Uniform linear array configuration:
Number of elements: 16
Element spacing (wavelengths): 0.5
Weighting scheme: cosine
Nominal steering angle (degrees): -60
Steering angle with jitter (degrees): -58.233
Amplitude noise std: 0.05
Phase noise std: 0.05

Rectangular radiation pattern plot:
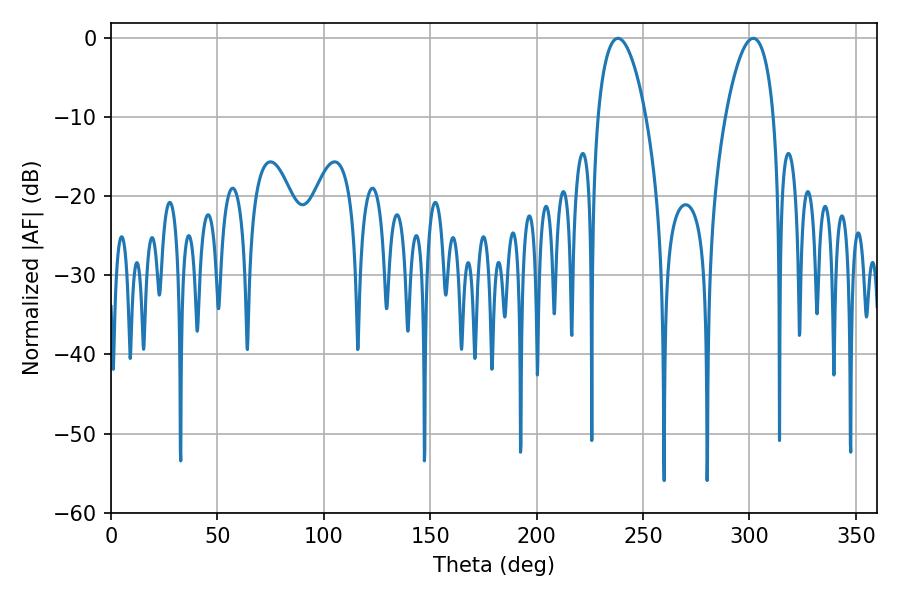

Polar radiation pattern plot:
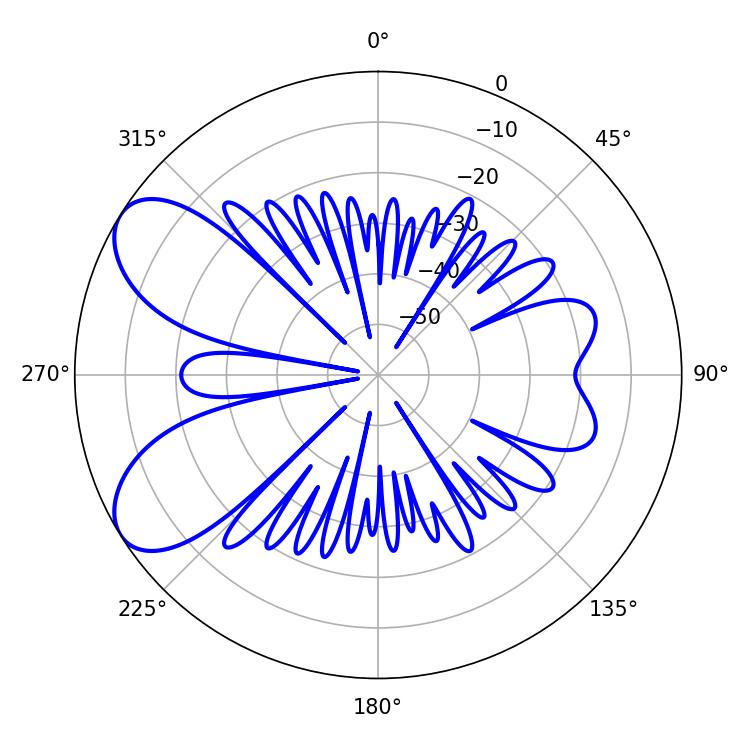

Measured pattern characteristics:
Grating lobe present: FALSE
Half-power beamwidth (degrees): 12.6
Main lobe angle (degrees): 238.14